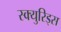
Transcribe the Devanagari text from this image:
स्क्युरिड्स